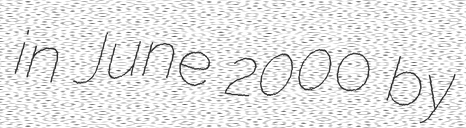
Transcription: in June 2000 by